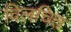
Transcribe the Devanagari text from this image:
विलचित